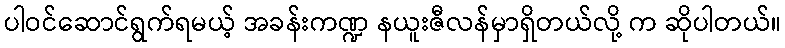
ပါဝင်ဆောင်ရွက်ရမယ့် အခန်းကဏ္ဍ နယူးဇီလန်မှာရှိတယ်လို့ က ဆိုပါတယ်။